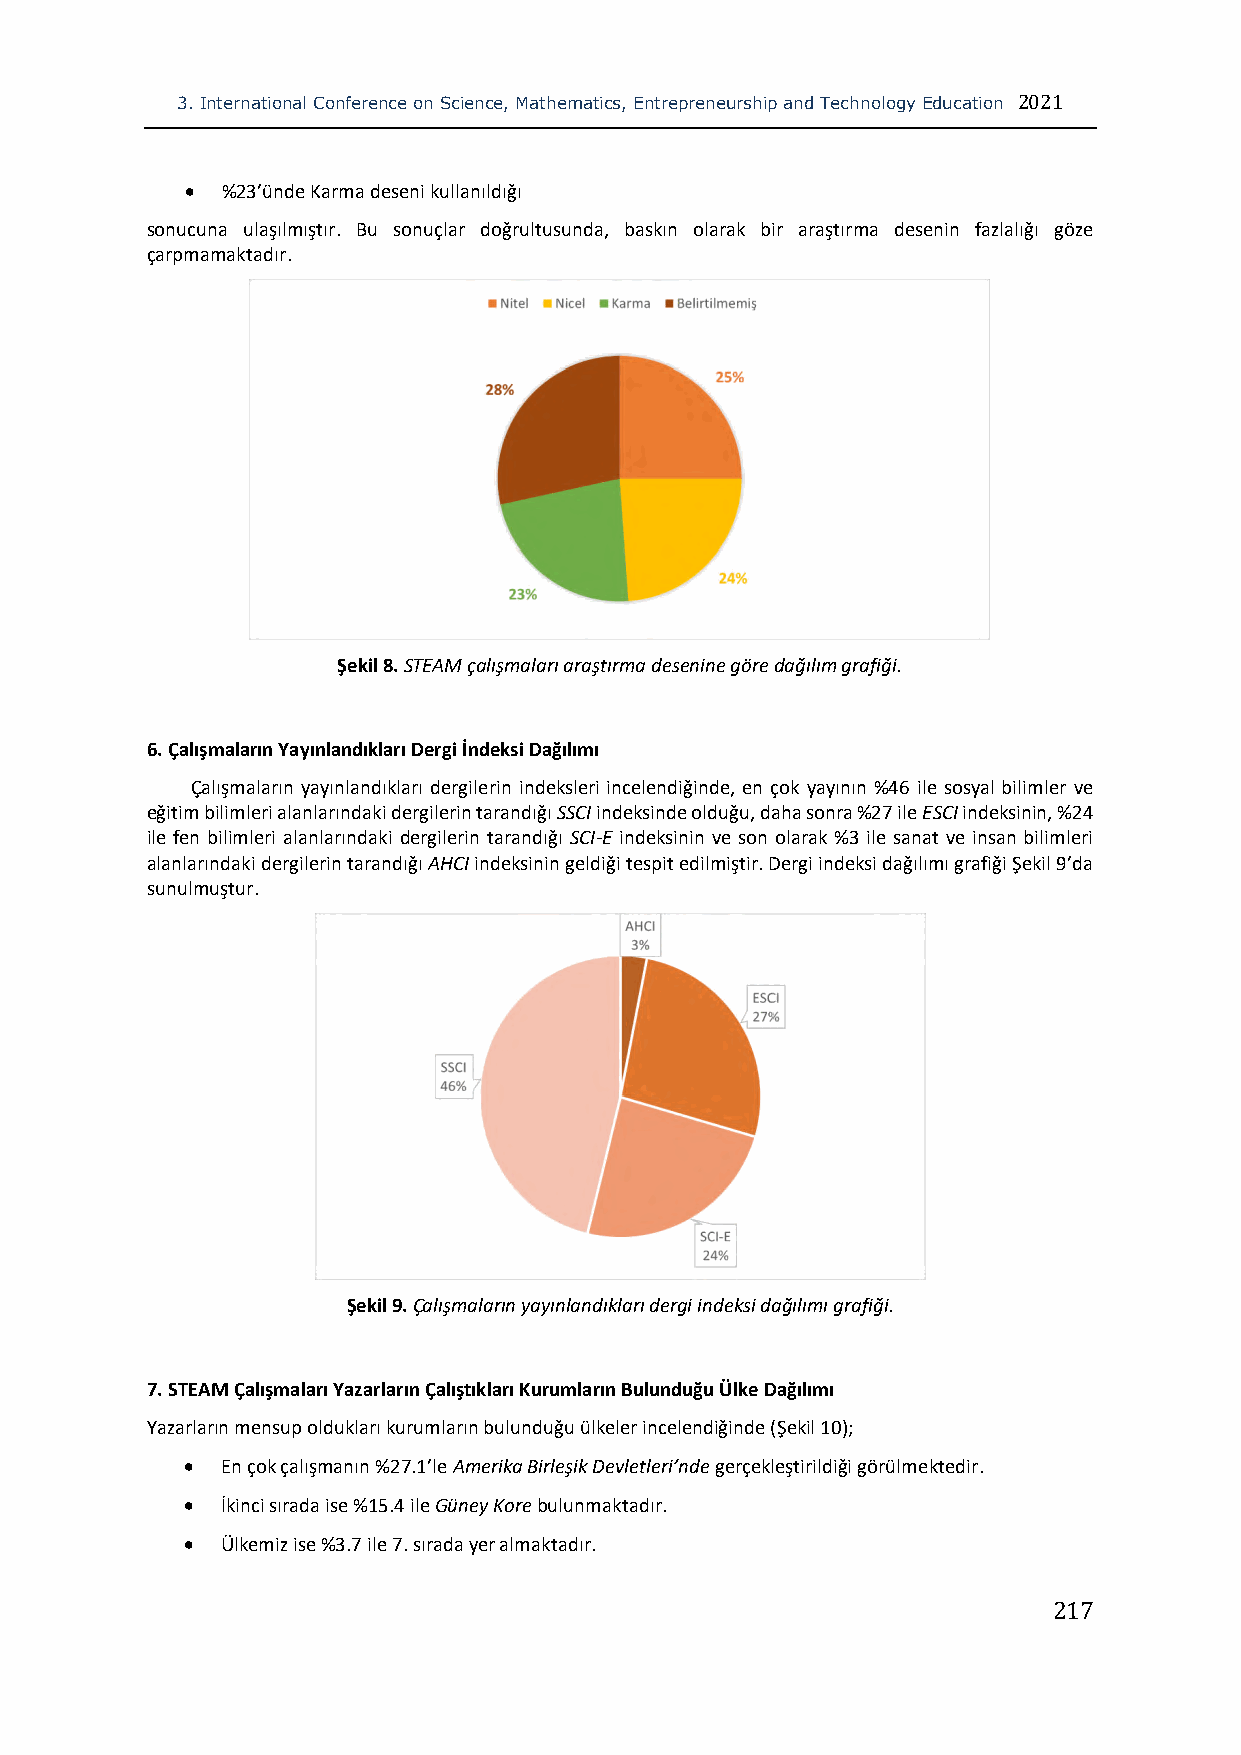
3. International Conference on Science, Mathematics, Entrepreneurship and Technology Education 2021
   %23’ünde Karma deseni kullanıldığı
 sonucuna ulaşılmıştır. Bu sonuçlar doğrultusunda, baskın olarak bir araştırma desenin fazlalığı göze
 çarpmamaktadır.
 Şekil 8. STEAM çalışmaları araştırma desenine göre dağılım grafiği.
 6. Çalışmaların Yayınlandıkları Dergi İndeksi Dağılımı
 Çalışmaların yayınlandıkları dergilerin indeksleri incelendiğinde, en çok yayının %46 ile sosyal bilimler ve
 eğitim bilimleri alanlarındaki dergilerin tarandığı SSCI indeksinde olduğu, daha sonra %27 ile ESCI indeksinin, %24
 ile fen bilimleri alanlarındaki dergilerin tarandığı SCI-E indeksinin ve son olarak %3 ile sanat ve insan bilimleri
 alanlarındaki dergilerin tarandığı AHCI indeksinin geldiği tespit edilmiştir. Dergi indeksi dağılımı grafiği Şekil 9’da
 sunulmuştur.
 Şekil 9. Çalışmaların yayınlandıkları dergi indeksi dağılımı grafiği.
 7. STEAM Çalışmaları Yazarların Çalıştıkları Kurumların Bulunduğu Ülke Dağılımı
 Yazarların mensup oldukları kurumların bulunduğu ülkeler incelendiğinde (Şekil 10);
   En çok çalışmanın %27.1’le Amerika Birleşik Devletleri’nde gerçekleştirildiği görülmektedir.
   İkinci sırada ise %15.4 ile Güney Kore bulunmaktadır.
   Ülkemiz ise %3.7 ile 7. sırada yer almaktadır.
 217